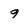
Character: 9